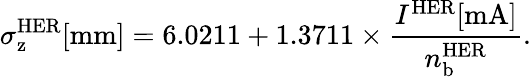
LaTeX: \sigma_{\mathrm{z}}^{\mathrm{HER}}[\mathrm{mm}]=6.0211+1.3711\times\frac{I^{\mathrm{HER}}[\mathrm{mA}]}{n_{\mathrm{b}}^{\mathrm{HER}}}.